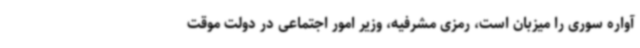
آواره سوری را میزبان است، رمزی مشرفیه، وزیر امور اجتماعی در دولت موقت